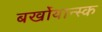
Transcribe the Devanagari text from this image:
बर्खोयान्स्क